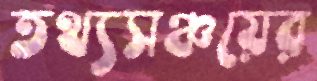
তথ্যসঞ্চয়ের